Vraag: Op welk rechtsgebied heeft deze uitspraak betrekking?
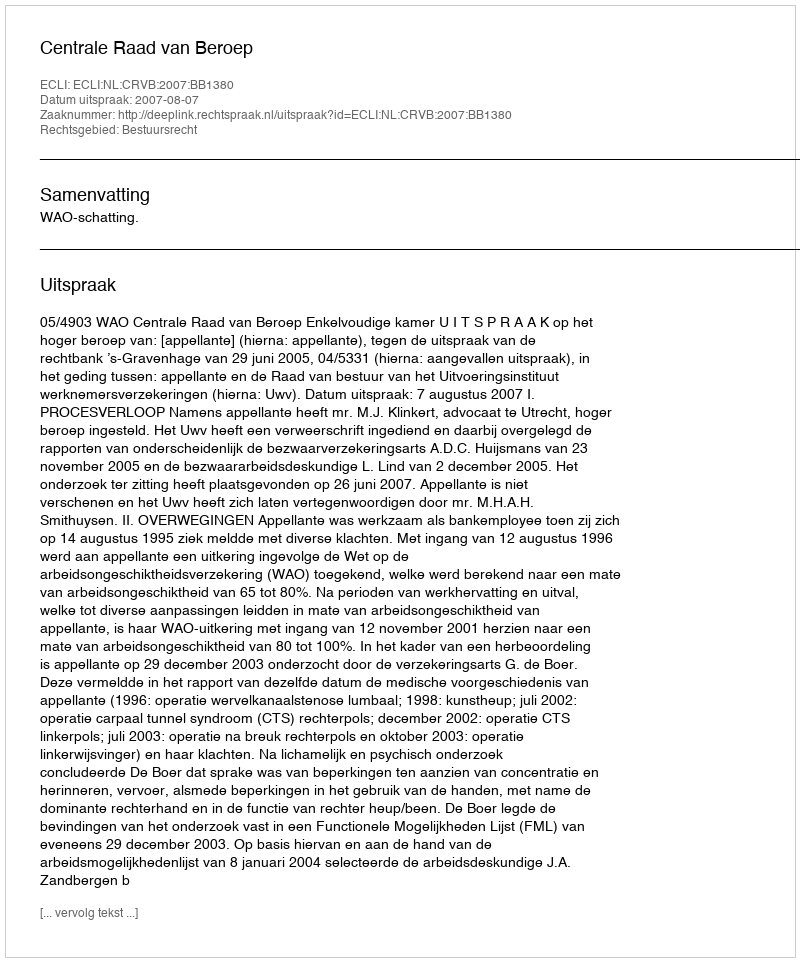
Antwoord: Bestuursrecht